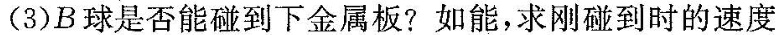
(3)B球是否能碰到下金属板?如能，求刚碰到时的速度